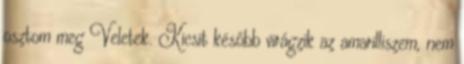
osztom meg Veletek. Kicsit később virágzik az amarilliszem, nem